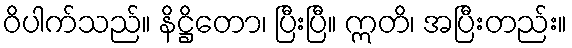
ဝိပါက်သည်။ နိဋ္ဌိတော၊ ပြီးပြီ။ ဣတိ၊ အပြီးတည်း။